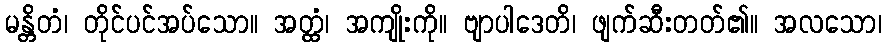
မန္တိတံ၊ တိုင်ပင်အပ်သော။ အတ္ထံ၊ အကျိုးကို။ ဗျာပါဒေတိ၊ ဖျက်ဆီးတတ်၏။ အလသော၊